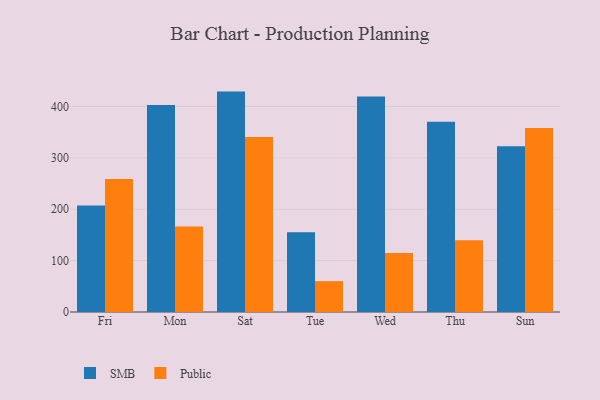
{"axis": {"x": "Day", "y": "Latency (ms)"}, "legend": ["Public", "SMB"], "data": [{"x": "Fri", "y": 207.5, "type": "SMB"}, {"x": "Fri", "y": 259.0, "type": "Public"}, {"x": "Mon", "y": 403.1, "type": "SMB"}, {"x": "Mon", "y": 166.5, "type": "Public"}, {"x": "Sat", "y": 429.1, "type": "SMB"}, {"x": "Sat", "y": 340.7, "type": "Public"}, {"x": "Tue", "y": 155.1, "type": "SMB"}, {"x": "Tue", "y": 60.1, "type": "Public"}, {"x": "Wed", "y": 419.7, "type": "SMB"}, {"x": "Wed", "y": 114.7, "type": "Public"}, {"x": "Thu", "y": 370.2, "type": "SMB"}, {"x": "Thu", "y": 139.5, "type": "Public"}, {"x": "Sun", "y": 322.9, "type": "SMB"}, {"x": "Sun", "y": 358.2, "type": "Public"}]}